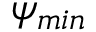
\psi _ { m i n }